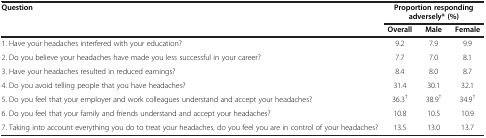
<table><thead><tr><td rowspan="2"><b>Question</b></td><td colspan="3"><b>Proportion responding adversely* (%)</b></td></tr><tr><td><b>Overall</b></td><td><b>Male</b></td><td><b>Female</b></td></tr></thead><tbody><tr><td>1. Have your headaches interfered with your education?</td><td>9.2</td><td>7.9</td><td>9.9</td></tr><tr><td>2. Do you believe your headaches have made you less successful in your career?</td><td>7.7</td><td>7.0</td><td>8.1</td></tr><tr><td>3. Have your headaches resulted in reduced earnings?</td><td>8.4</td><td>8.0</td><td>8.7</td></tr><tr><td>4. Do you avoid telling people that you have headaches?</td><td>31.4</td><td>30.1</td><td>32.1</td></tr><tr><td>5. Do you feel that your employer and work colleagues understand and accept your headaches?</td><td>36.3<sup>†</sup></td><td>38.9<sup>†</sup></td><td>34.9<sup>†</sup></td></tr><tr><td>6. Do you feel that your family and friends understand and accept your headaches?</td><td>10.8</td><td>10.5</td><td>10.9</td></tr><tr><td>7. Taking into account everything you do to treat your headaches, do you feel you are in control of your headaches?</td><td>13.5</td><td>13.0</td><td>13.7</td></tr></tbody></table>